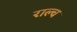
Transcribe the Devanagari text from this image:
राल्च